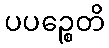
ပပဉ္စေတိ